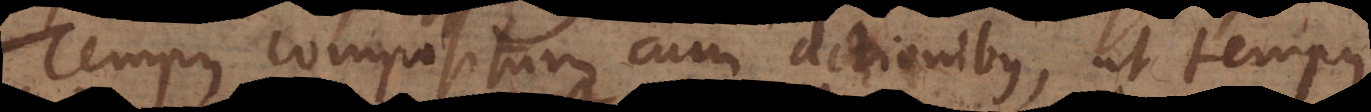
Tempus compositum cum actionibus, ut tempus